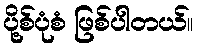
ပို့စ်ပုံစံ ဖြစ်ပါတယ်။